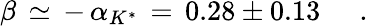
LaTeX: \beta\, \simeq\, -\, \alpha_{K^{*}}\, =\, 0.28\pm 0.13\; \; \; \; \; .